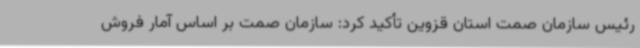
رئیس سازمان صمت استان قزوین تأکید کرد: سازمان صمت بر اساس آمار فروش